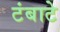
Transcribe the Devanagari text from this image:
टंबाटे